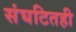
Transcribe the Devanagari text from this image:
संघटितही